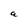
Character: a